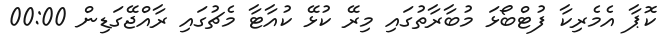
ކޮޕާ އެމެރިކާ ފުޓްބޯޅަ މުބާރާތުގައި މިރޭ ކުޅޭ ކުއާޓާ މެޗުގައި ރާއްޖޭގަޑިން 00:00